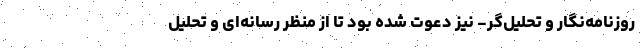
روزنامه‌نگار و تحلیل‌گر- نیز دعوت شده بود تا از منظر رسانه‌ای و تحلیل